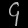
Digit: ၄